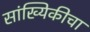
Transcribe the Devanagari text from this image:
सांख्यिकीचा